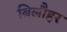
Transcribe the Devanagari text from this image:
बिलौहर